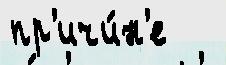
пр'ичи́н'е